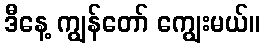
ဒီနေ့ ကျွန်တော် ကျွေးမယ်။